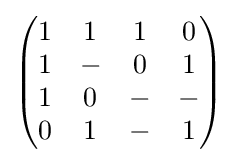
{\begin{pmatrix}1&1&1&0\\1&-&0&1\\1&0&-&-\\0&1&-&1\end{pmatrix}}